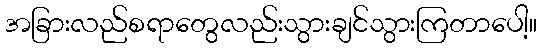
အခြားလည်စရာတွေလည်းသွားချင်သွားကြတာပေါ့။